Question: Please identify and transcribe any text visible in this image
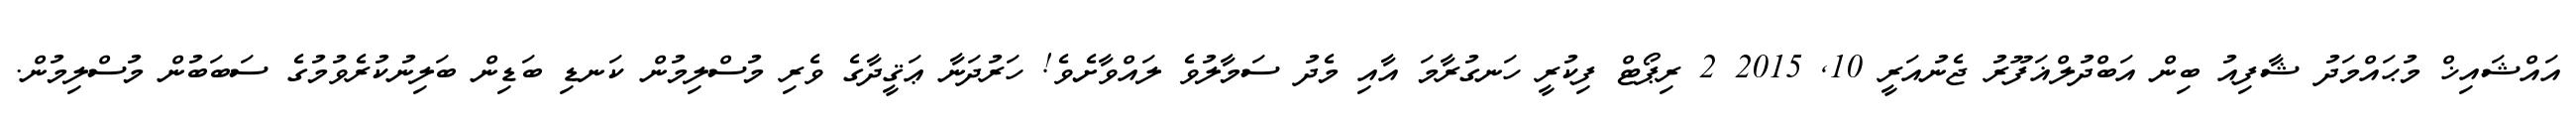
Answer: އައްޝައިޚް މުޙައްމަދު ޝާފިއު ބިން އަބްދުލްޣަފޫރު ޖެނުއަރީ 10, 2015 2 ރިޕޯޓް ފިކުރީ ހަނގުރާމަ އާއި މެދު ސަމާލުވެ ލައްވާށެވެ! ހަރުދަނާ ޢަޤީދާގެ ވެރި މުސްލިމުން ކަނޑި ބަޑިން ބަލިނުކުރެވުމުގެ ސަބަބުން މުސްލިމުން.